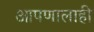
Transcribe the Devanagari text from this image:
आपणालाही